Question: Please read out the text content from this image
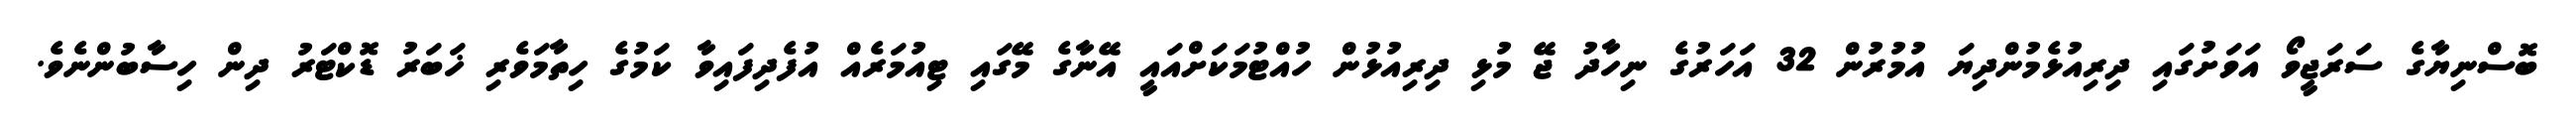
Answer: ބޮސްނިޔާގެ ސަރަޖީވޯ އަވަށުގައި ދިރިއުޅެމުންދިޔަ އުމުރުން 32 އަހަރުގެ ނިހާދު ޖޭ މުޅި ދިރިއުޅުން ހުއްޓުމަކަށްއައީ އޭނާގެ މޭގައި ޓިއުމަރެއް އުފެދިފައިވާ ކަމުގެ ހިތާމަވެރި ޚަބަރު ޑޮކްޓަރު ދިން ހިސާބުންނެވެ.